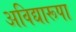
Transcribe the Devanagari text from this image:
अविद्यारूपा